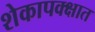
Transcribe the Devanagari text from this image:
शेकापक्क्षात